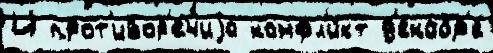
И прот'ивор'е́чиjа конфл'и́кт д'екабр'е́